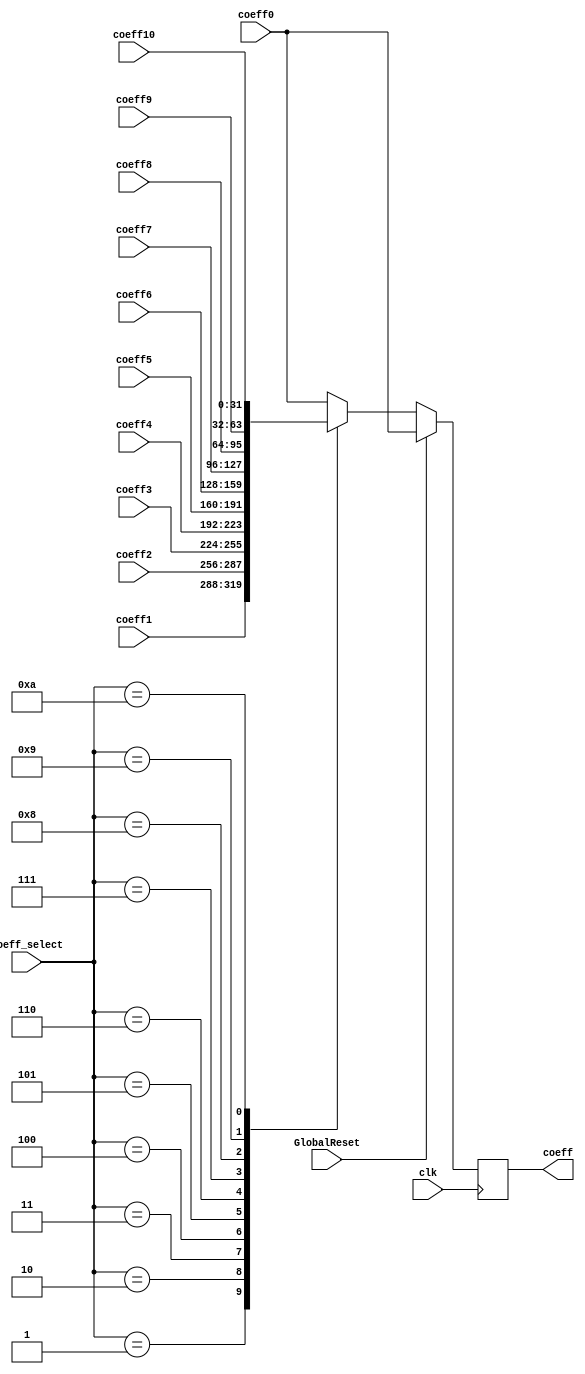
////////////////////////////////////////////////////////////////
//
// Module: comparator.v
//         jburbanoalgarte@gmail.com
//
// Description:
//      mux for 11 poly coefficients
//		latency 1 cycle
//
// Parameters:
//      
//
// Inputs [bit width]:
//	clk
//	GlobalReset
//	coeff0 [31:0]
//	coeff1 [31:0]
//	... coeff10[31:0]
//	coeff_select [3:0]
//
// Outputs [bit width]:
//	coeff [31:0]
////////////////////////////////////////////////////////////////

module mux ( 
	clk,
	GlobalReset,
    coeff0,
    coeff1,
    coeff2,
    coeff3,
    coeff4,
    coeff5,
    coeff6,
    coeff7,
    coeff8,
    coeff9,
    coeff10,
	coeff_select,
	coeff
    );

////////////////////////////////////////////////////////////////
//  Inputs & Outputs
input clk;
input GlobalReset;

input [31:0] coeff0;
input [31:0] coeff1;
input [31:0] coeff2;
input [31:0] coeff3;
input [31:0] coeff4;
input [31:0] coeff5;
input [31:0] coeff6;
input [31:0] coeff7;
input [31:0] coeff8;
input [31:0] coeff9;
input [31:0] coeff10;

input [3:0] coeff_select;

output reg [31:0] coeff;
	
////////////////////////////////////////////////////////////////
//  reg & wire declarations
reg [31:0] coeff_r;

////////////////////////////////////////////////////////////////
//  Modules


////////////////////////////////////////////////////////////////
//  Combinational Logic

always @( * ) begin
	case (coeff_select)
		4'd0:
		begin
			coeff_r = coeff0;
		end
		4'd1:
		begin
			coeff_r = coeff1;
		end
		4'd2:
		begin
			coeff_r = coeff2;
		end
		4'd3:
		begin
			coeff_r = coeff3;
		end
		4'd4:
		begin
			coeff_r = coeff4;
		end
		4'd5:
		begin
			coeff_r = coeff5;
		end
		4'd6:
		begin
			coeff_r = coeff6;
		end
		4'd7:
		begin
			coeff_r = coeff7;
		end
		4'd8:
		begin
			coeff_r = coeff8;
		end
		4'd9:
		begin
			coeff_r = coeff9;
		end
		4'd10:
		begin
			coeff_r = coeff10;
		end
		default:
		begin
			coeff_r = coeff0;
		end
	endcase
end

////////////////////////////////////////////////////////////////
//  Registers
always @(posedge clk) begin
    if (GlobalReset == 1'b1) begin
		coeff <= coeff0;
    end
	else begin
		coeff <= coeff_r;
	end
end

endmodule